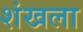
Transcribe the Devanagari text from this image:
शंखला